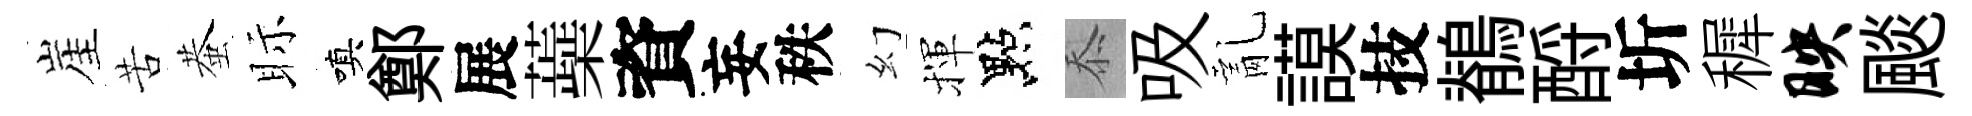
崖苦蛬眎嗔鄭展蘃資妄秩幻揮點忝吸亂謨技鶺酹圻穉映颷